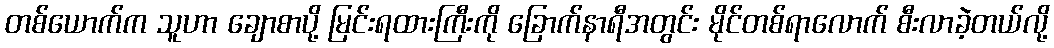
တစ်ယောက်က သူဟာ ချောစာပို့ မြင်းရထားကြီးကို ခြောက်နာရီအတွင်း မိုင်တစ်ရာလောက် စီးလာခဲ့တယ်လို့